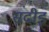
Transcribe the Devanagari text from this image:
सदीइ